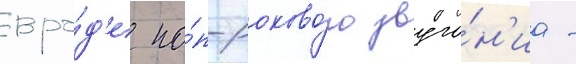
вро́д'е по́п-роково́го звуча́н'иа -